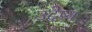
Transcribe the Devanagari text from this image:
उदेष्य